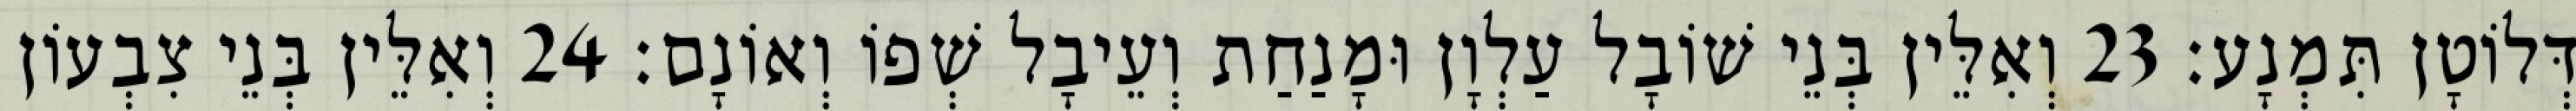
דְּלוֹטָן תִּמְנָע׃ 23 וְאִלֵּין בְּנֵי שׁוֹבָל עַלְוָן וּמָנַחַת וְעֵיבָל שְׁפוֹ וְאוֹנָם׃ 24 וְאִלֵּין בְּנֵי צִבְעוֹן